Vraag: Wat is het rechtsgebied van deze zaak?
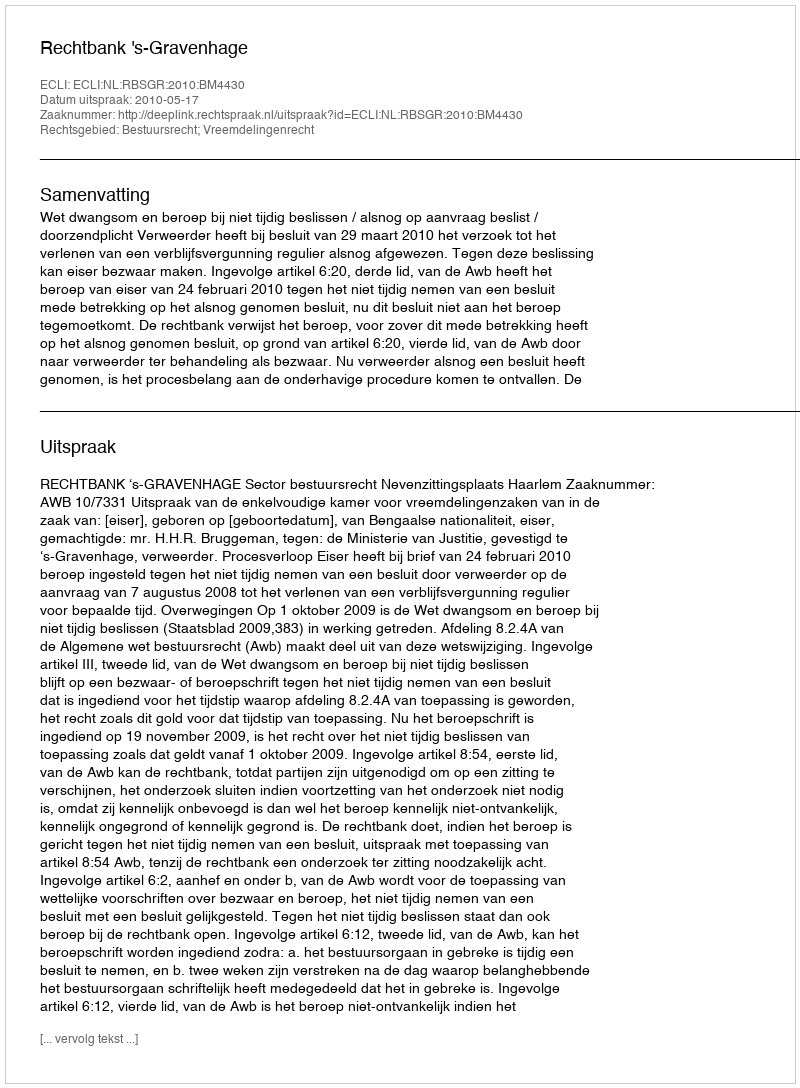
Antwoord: Bestuursrecht; Vreemdelingenrecht